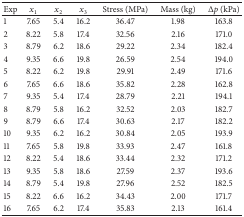
<table><thead><tr><td><b>Exp</b></td><td><b><i>x</i><sub>1</sub></b></td><td><b><i>x</i><sub>2</sub></b></td><td><b><i>x</i><sub>3</sub></b></td><td><b>Stress (MPa)</b></td><td><b>Mass (kg)</b></td><td><b>Δ<i>p</i> (kPa)</b></td></tr></thead><tbody><tr><td>1</td><td>7.65</td><td>5.4</td><td>16.2</td><td>36.47</td><td>1.98</td><td>163.8</td></tr><tr><td>2</td><td>8.22</td><td>5.8</td><td>17.4</td><td>32.56</td><td>2.16</td><td>171.0</td></tr><tr><td>3</td><td>8.79</td><td>6.2</td><td>18.6</td><td>29.22</td><td>2.34</td><td>182.4</td></tr><tr><td>4</td><td>9.35</td><td>6.6</td><td>19.8</td><td>26.59</td><td>2.54</td><td>194.0</td></tr><tr><td>5</td><td>8.22</td><td>6.2</td><td>19.8</td><td>29.91</td><td>2.49</td><td>171.6</td></tr><tr><td>6</td><td>7.65</td><td>6.6</td><td>18.6</td><td>35.82</td><td>2.28</td><td>162.8</td></tr><tr><td>7</td><td>9.35</td><td>5.4</td><td>17.4</td><td>28.79</td><td>2.21</td><td>194.1</td></tr><tr><td>8</td><td>8.79</td><td>5.8</td><td>16.2</td><td>32.52</td><td>2.03</td><td>182.7</td></tr><tr><td>9</td><td>8.79</td><td>6.6</td><td>17.4</td><td>30.63</td><td>2.17</td><td>182.2</td></tr><tr><td>10</td><td>9.35</td><td>6.2</td><td>16.2</td><td>30.84</td><td>2.05</td><td>193.9</td></tr><tr><td>11</td><td>7.65</td><td>5.8</td><td>19.8</td><td>33.93</td><td>2.47</td><td>161.8</td></tr><tr><td>12</td><td>8.22</td><td>5.4</td><td>18.6</td><td>33.44</td><td>2.32</td><td>171.2</td></tr><tr><td>13</td><td>9.35</td><td>5.8</td><td>18.6</td><td>27.59</td><td>2.37</td><td>193.6</td></tr><tr><td>14</td><td>8.79</td><td>5.4</td><td>19.8</td><td>27.96</td><td>2.52</td><td>182.5</td></tr><tr><td>15</td><td>8.22</td><td>6.6</td><td>16.2</td><td>34.43</td><td>2.00</td><td>171.7</td></tr><tr><td>16</td><td>7.65</td><td>6.2</td><td>17.4</td><td>35.83</td><td>2.13</td><td>161.4</td></tr></tbody></table>